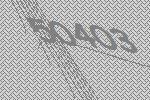
50403